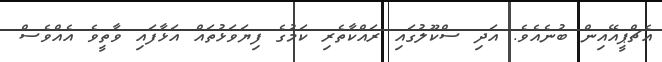
އެޗްޕީއޭއިން ބުނެއެވެ. އަދި ސްކޫލުގައި ރައްކާތެރި ކަމުގެ ފިޔަވަޅުތައް އަޅާފައި ވާތީވެ އެއްވެސް